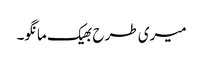
میری طرح بھیک مانگو۔